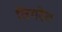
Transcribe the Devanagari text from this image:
तिगरेट